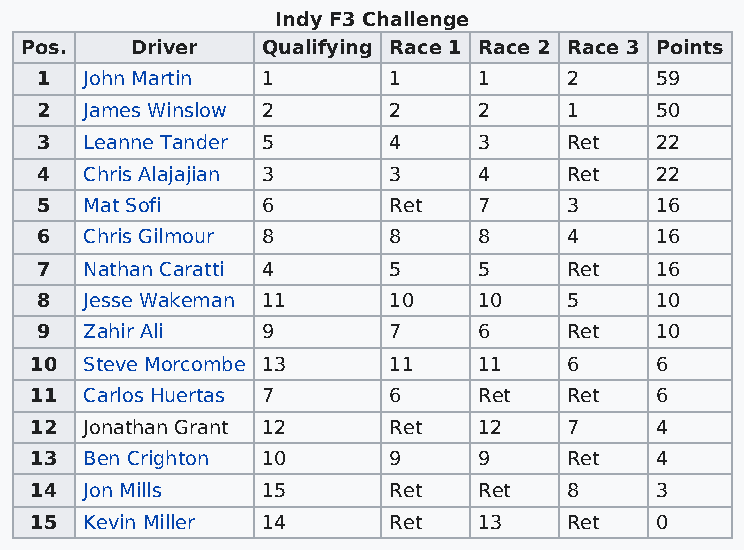
Indy F3 Challenge
 Pos.    Driver  Qualifying Race 1 Race 2 Race 3 Points
 1   John Martin 1       1     1     2    59
 2   James Winslow 2     2     2     1    50
 3   Leanne Tander 5     4     3     Ret  22
 4   Chris Alajajian 3   3     4     Ret  22
 5   Mat Sofi   6        Ret   7     3    16
 6   Chris Gilmour 8     8     8     4    16
 7   Nathan Caratti 4    5     5     Ret  16
 8   Jesse Wakeman 11    10    10    5    10
 9   Zahir Ali  9        7     6     Ret  10
 10  Steve Morcombe 13   11    11    6    6
 11  Carlos Huertas 7    6     Ret   Ret  6
 12  Jonathan Grant 12   Ret   12    7    4
 13  Ben Crighton 10     9     9     Ret  4
 14  Jon Mills  15       Ret   Ret   8    3
 15  Kevin Miller 14     Ret   13    Ret  0